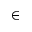
\in